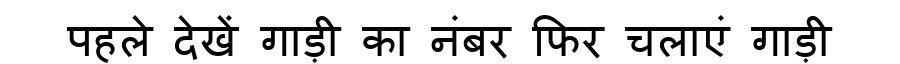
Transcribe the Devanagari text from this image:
पहले देखें गाड़ी का नंबर फिर चलाएं गाड़ी